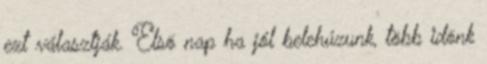
ezt választják. Elsõ nap ha jól belehúzunk, több idõnk